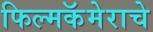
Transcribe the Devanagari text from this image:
फिल्मकॅमेराचे